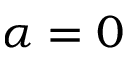
\alpha = 0